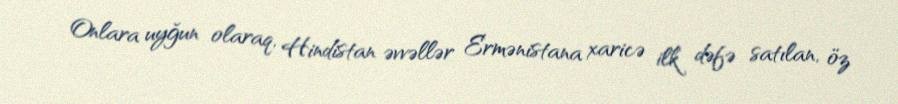
Onlara uyğun olaraq, Hindistan əvvəllər Ermənistana xaricə ilk dəfə satılan, öz